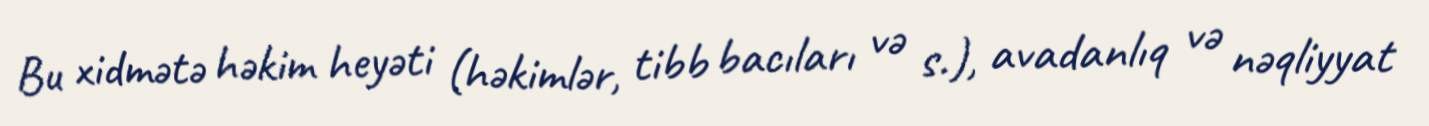
Bu xidmətə həkim heyəti (həkimlər, tibb bacıları və s.), avadanlıq və nəqliyyat